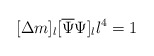
\begin{align*}[\Delta m]_l[\overline{\Psi}\Psi]_ll^4=1\end{align*}